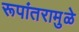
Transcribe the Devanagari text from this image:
रूपांतरामुळे